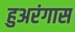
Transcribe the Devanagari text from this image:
हुअरंगास